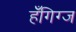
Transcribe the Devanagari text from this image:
हँगिग्ज